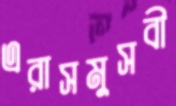
এরাসমুসবী